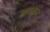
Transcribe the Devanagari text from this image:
ख़लाबाज़